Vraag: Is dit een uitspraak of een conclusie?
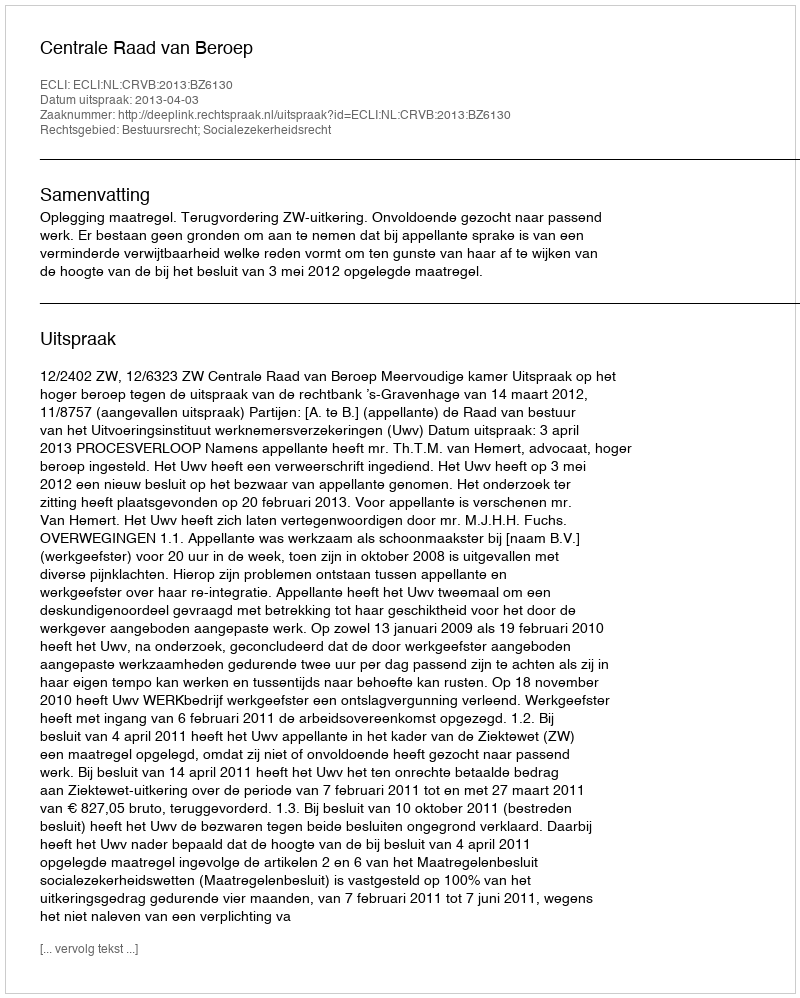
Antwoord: Uitspraak